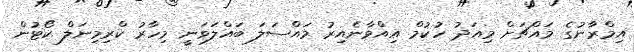
އިމްރާނުގެ މައްޗަށް މިއަދު ހުކުމް އިއްވާނެއިރު މައްސަލަ ބައްލަވަނީ މިހާރު ކްރިމިނަލް ކޯޓުން